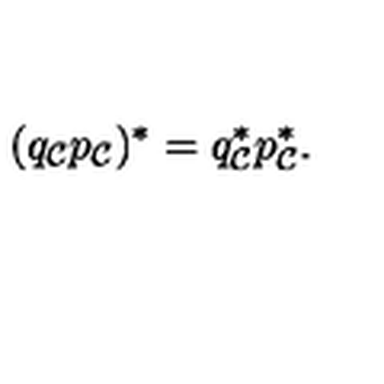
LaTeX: ( q _ { \cal C } p _ { \cal C } ) ^ { * } = q _ { \cal C } ^ { * } p _ { \cal C } ^ { * } .